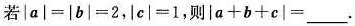
若 $$\left | a \right | = \left | b \right |